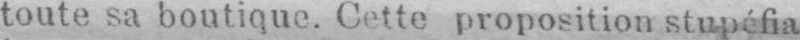
toute sa boutique. Cette proposition stupéfia